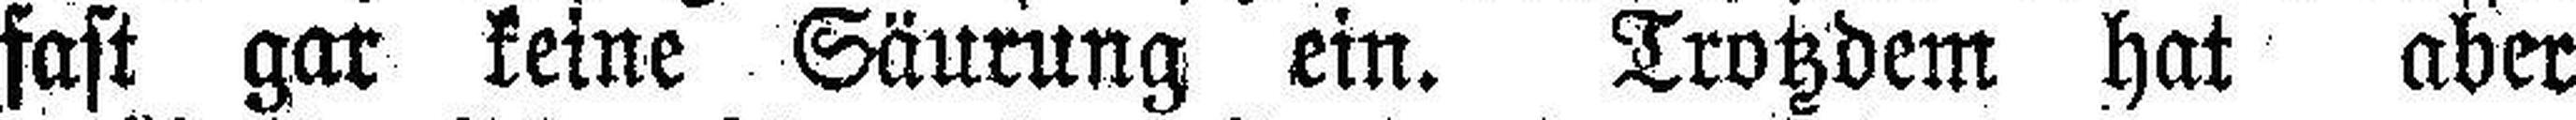
fast gar keine Säurung ein. Trotzdem hat aber